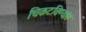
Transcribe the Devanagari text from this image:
चिकटविण्यांत